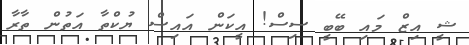
ޝީ އިޒް މައި ބޭބީ ސިސް! އީކަން އައިސް ޔުކްތާ އަތުން ތާރާ